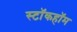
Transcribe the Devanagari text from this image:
स्टॉकहॉम